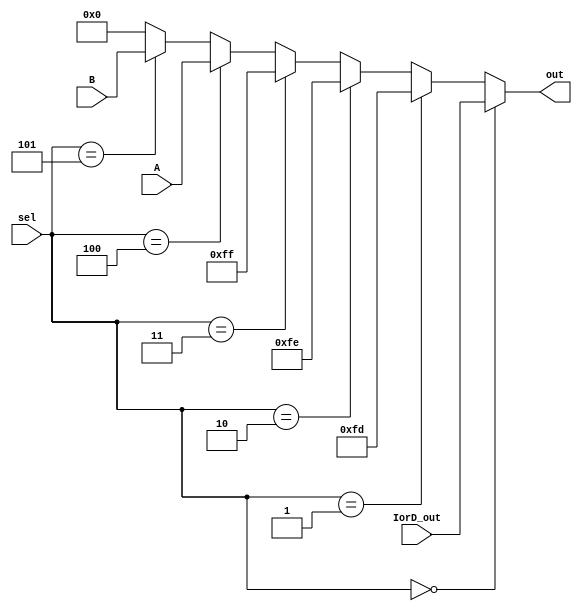
// configurar de acordo, ele t 4 pra 1 por enquanto, vou deixar 32 bits pq  o tamanho do registrador
module SrcAddrMUX (
    input wire [2:0] sel,
    input wire [31:0] IorD_out,
    input wire [31:0] A,
    input wire [31:0] B,
    output wire [31:0] out
);

    assign out =(sel == 0)? IorD_out :
                (sel == 1)? 32'd253 :
                (sel == 2)? 32'd254 :
                (sel == 3)? 32'd255 :
                (sel == 4)? A :
                (sel == 5)? B : 
                32'b00000000000000000000000000000000;

endmodule